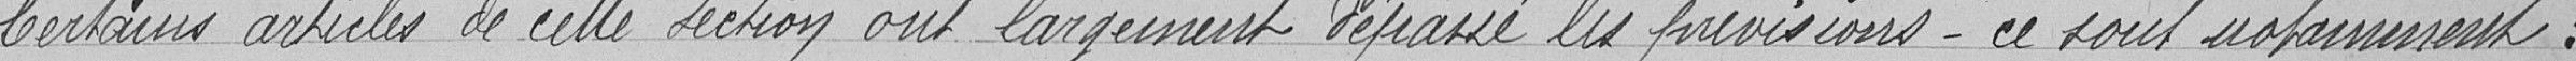
Certains articles de cette section ont largement dépassé les prévisions - ce sont notamment :